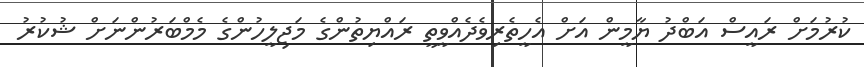
ކުރުމަށް ރައީސް އަބްދު ޔާމީން އަށް އެހީތެރިވެދެއްވީތީ ރައްޔިތުންގެ މަޖިލީހުންގެ މެމްބަރުންނަށް ޝުކުރު